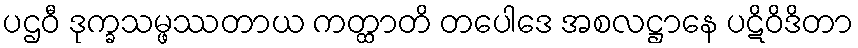
ပဌဝီ ဒုက္ခသမ္ဖဿတာယ ကတ္ထာတိ တပေါဒေ အစလဋ္ဌာနေ ပဋိဝိဒိတာ